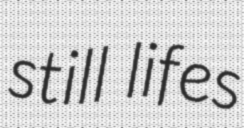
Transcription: still lifes